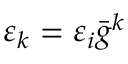
\varepsilon _ { k } = \varepsilon _ { i } \Bar { g } ^ { k }